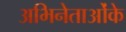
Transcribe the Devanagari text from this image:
अभिनेताओंके